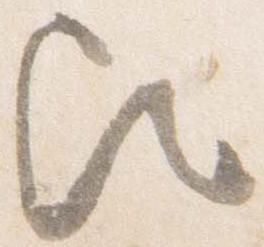
歟